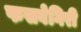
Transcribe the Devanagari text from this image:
फसवेगिरी